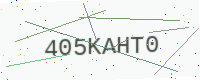
Text: 405KAHT0